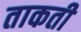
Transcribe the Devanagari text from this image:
ताकती